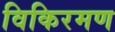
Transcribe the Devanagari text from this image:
विकिरमण